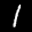
Label: 1